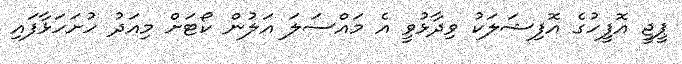
ޕީޖީ އޮފީހުގެ އޮފިޝަލަކު ވިދާޅުވީ އެ މައްސަލަ އަލުން ކޯޓަށް މިއަދު ހުށަހަޅާފައި